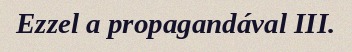
Ezzel a propagandával III.